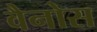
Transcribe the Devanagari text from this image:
वैनोस